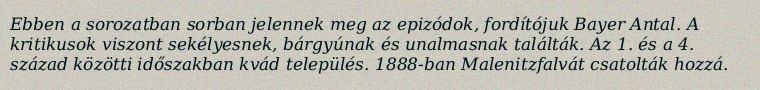
Ebben a sorozatban sorban jelennek meg az epizódok, fordítójuk Bayer Antal. A kritikusok viszont sekélyesnek, bárgyúnak és unalmasnak találták. Az 1. és a 4. század közötti időszakban kvád település. 1888-ban Malenitzfalvát csatolták hozzá.